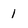
Character: 1